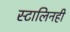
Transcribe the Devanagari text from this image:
स्टालिनही